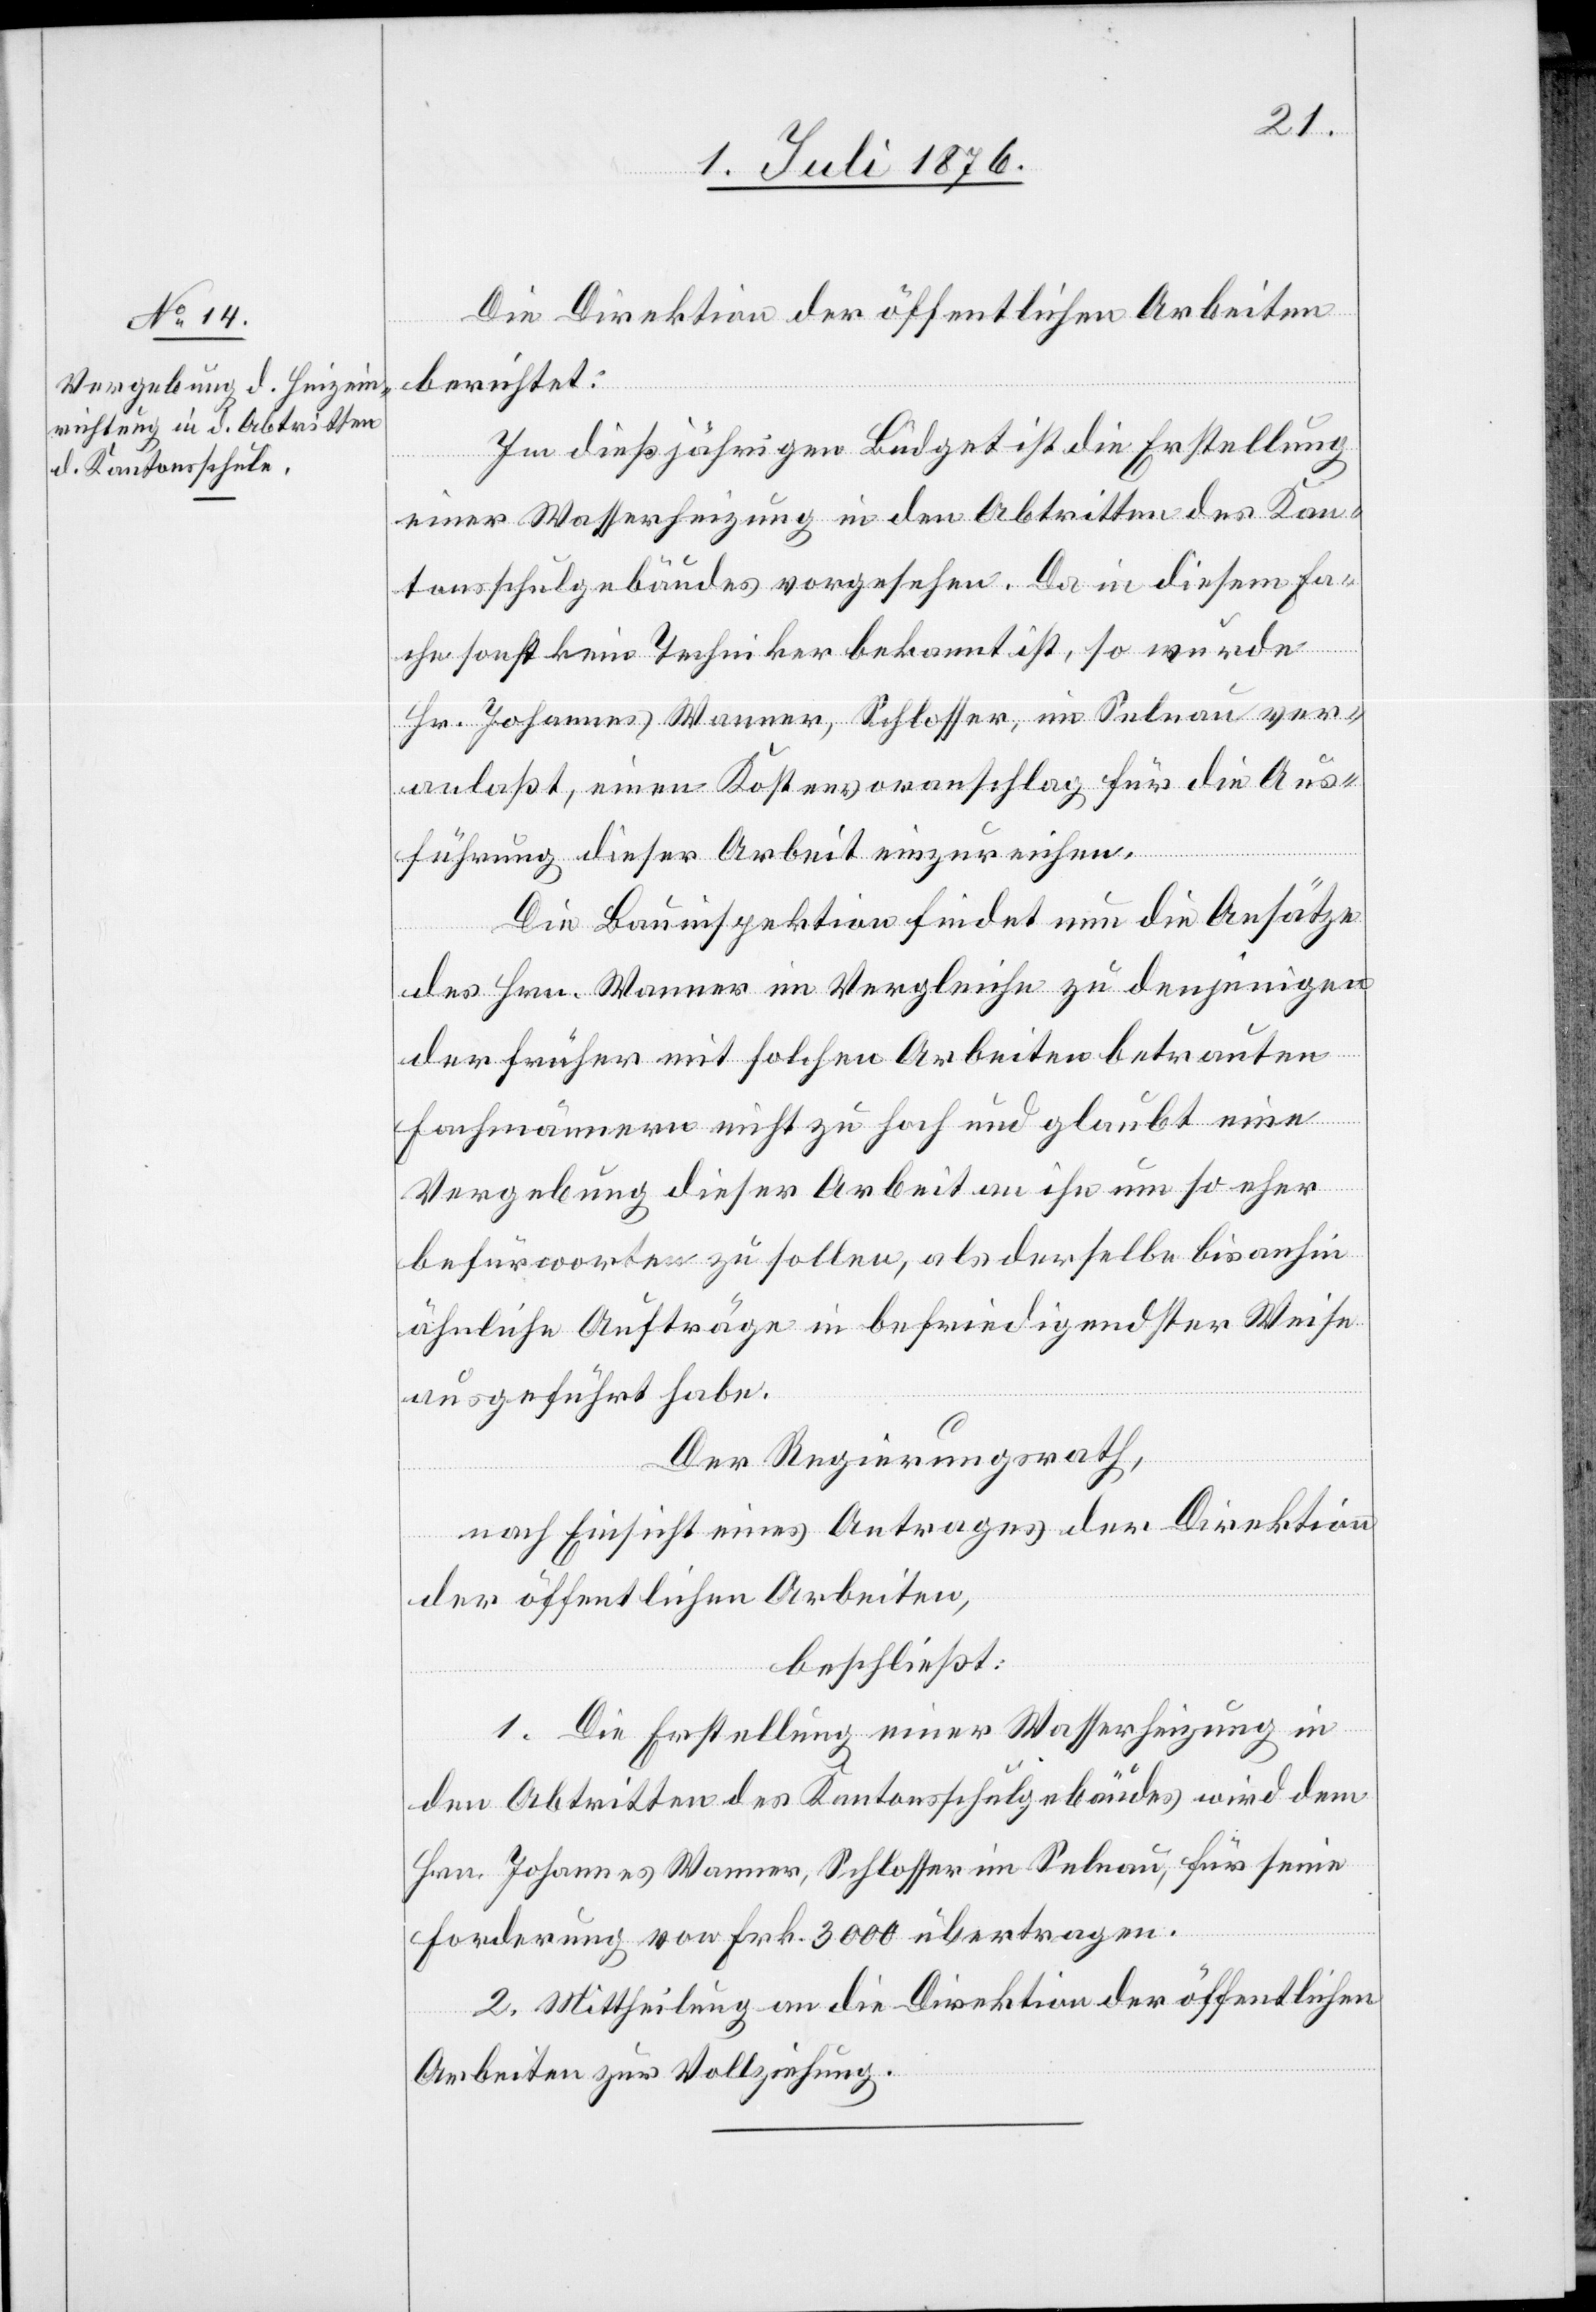
Die Direktion der öffentlichen Arbeiten
berichtet:
Im dießjährigen Büdget ist die Erstellung
einer Wasserheizung in den Abritten des Kan¬
tonsschulgebäudes vorgesehen. Da in diesem Fa¬
che sonst kein Techniker bekannt ist, so wurde
Hr. Johannes Wanner, Schlosser, im Selnau ver¬
anlaßt, einen Kostenvoranschlag für die Aus¬
führung dieser Arbeit einzureichen.
Die Bauinspektion findet nun die Ansätze
des Hrn. Wanner im Vergleiche zu denjenigen
der früher mit solchen Arbeiten betrauten
Fachmännern nicht zu hoch und glaubt eine
Vergebung dieser Arbeiten an ihn um so eher
befürworten zu sollen, als derselbe bis anhin
ähnliche Aufträge in befriedigendster Weise
ausgeführt habe.
Der Regierungsrath,
nach Einsicht eines Antrages der Direktion
der öffentlichen Arbeiten,
beschließt:
1. Die Erstellung einer Wasserheizung in
den Abtritten des Kantonsschulgebäudes wird dem
Hrn. Johannes Wanner, Schlosser im Selnau, für seine
Forderung von Frk. 3000 übertragen.
2. Mittheilung an die Direktion der öffentlichen
Arbeiten zur Vollziehung.